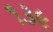
૧૩૯